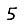
Digit: 5